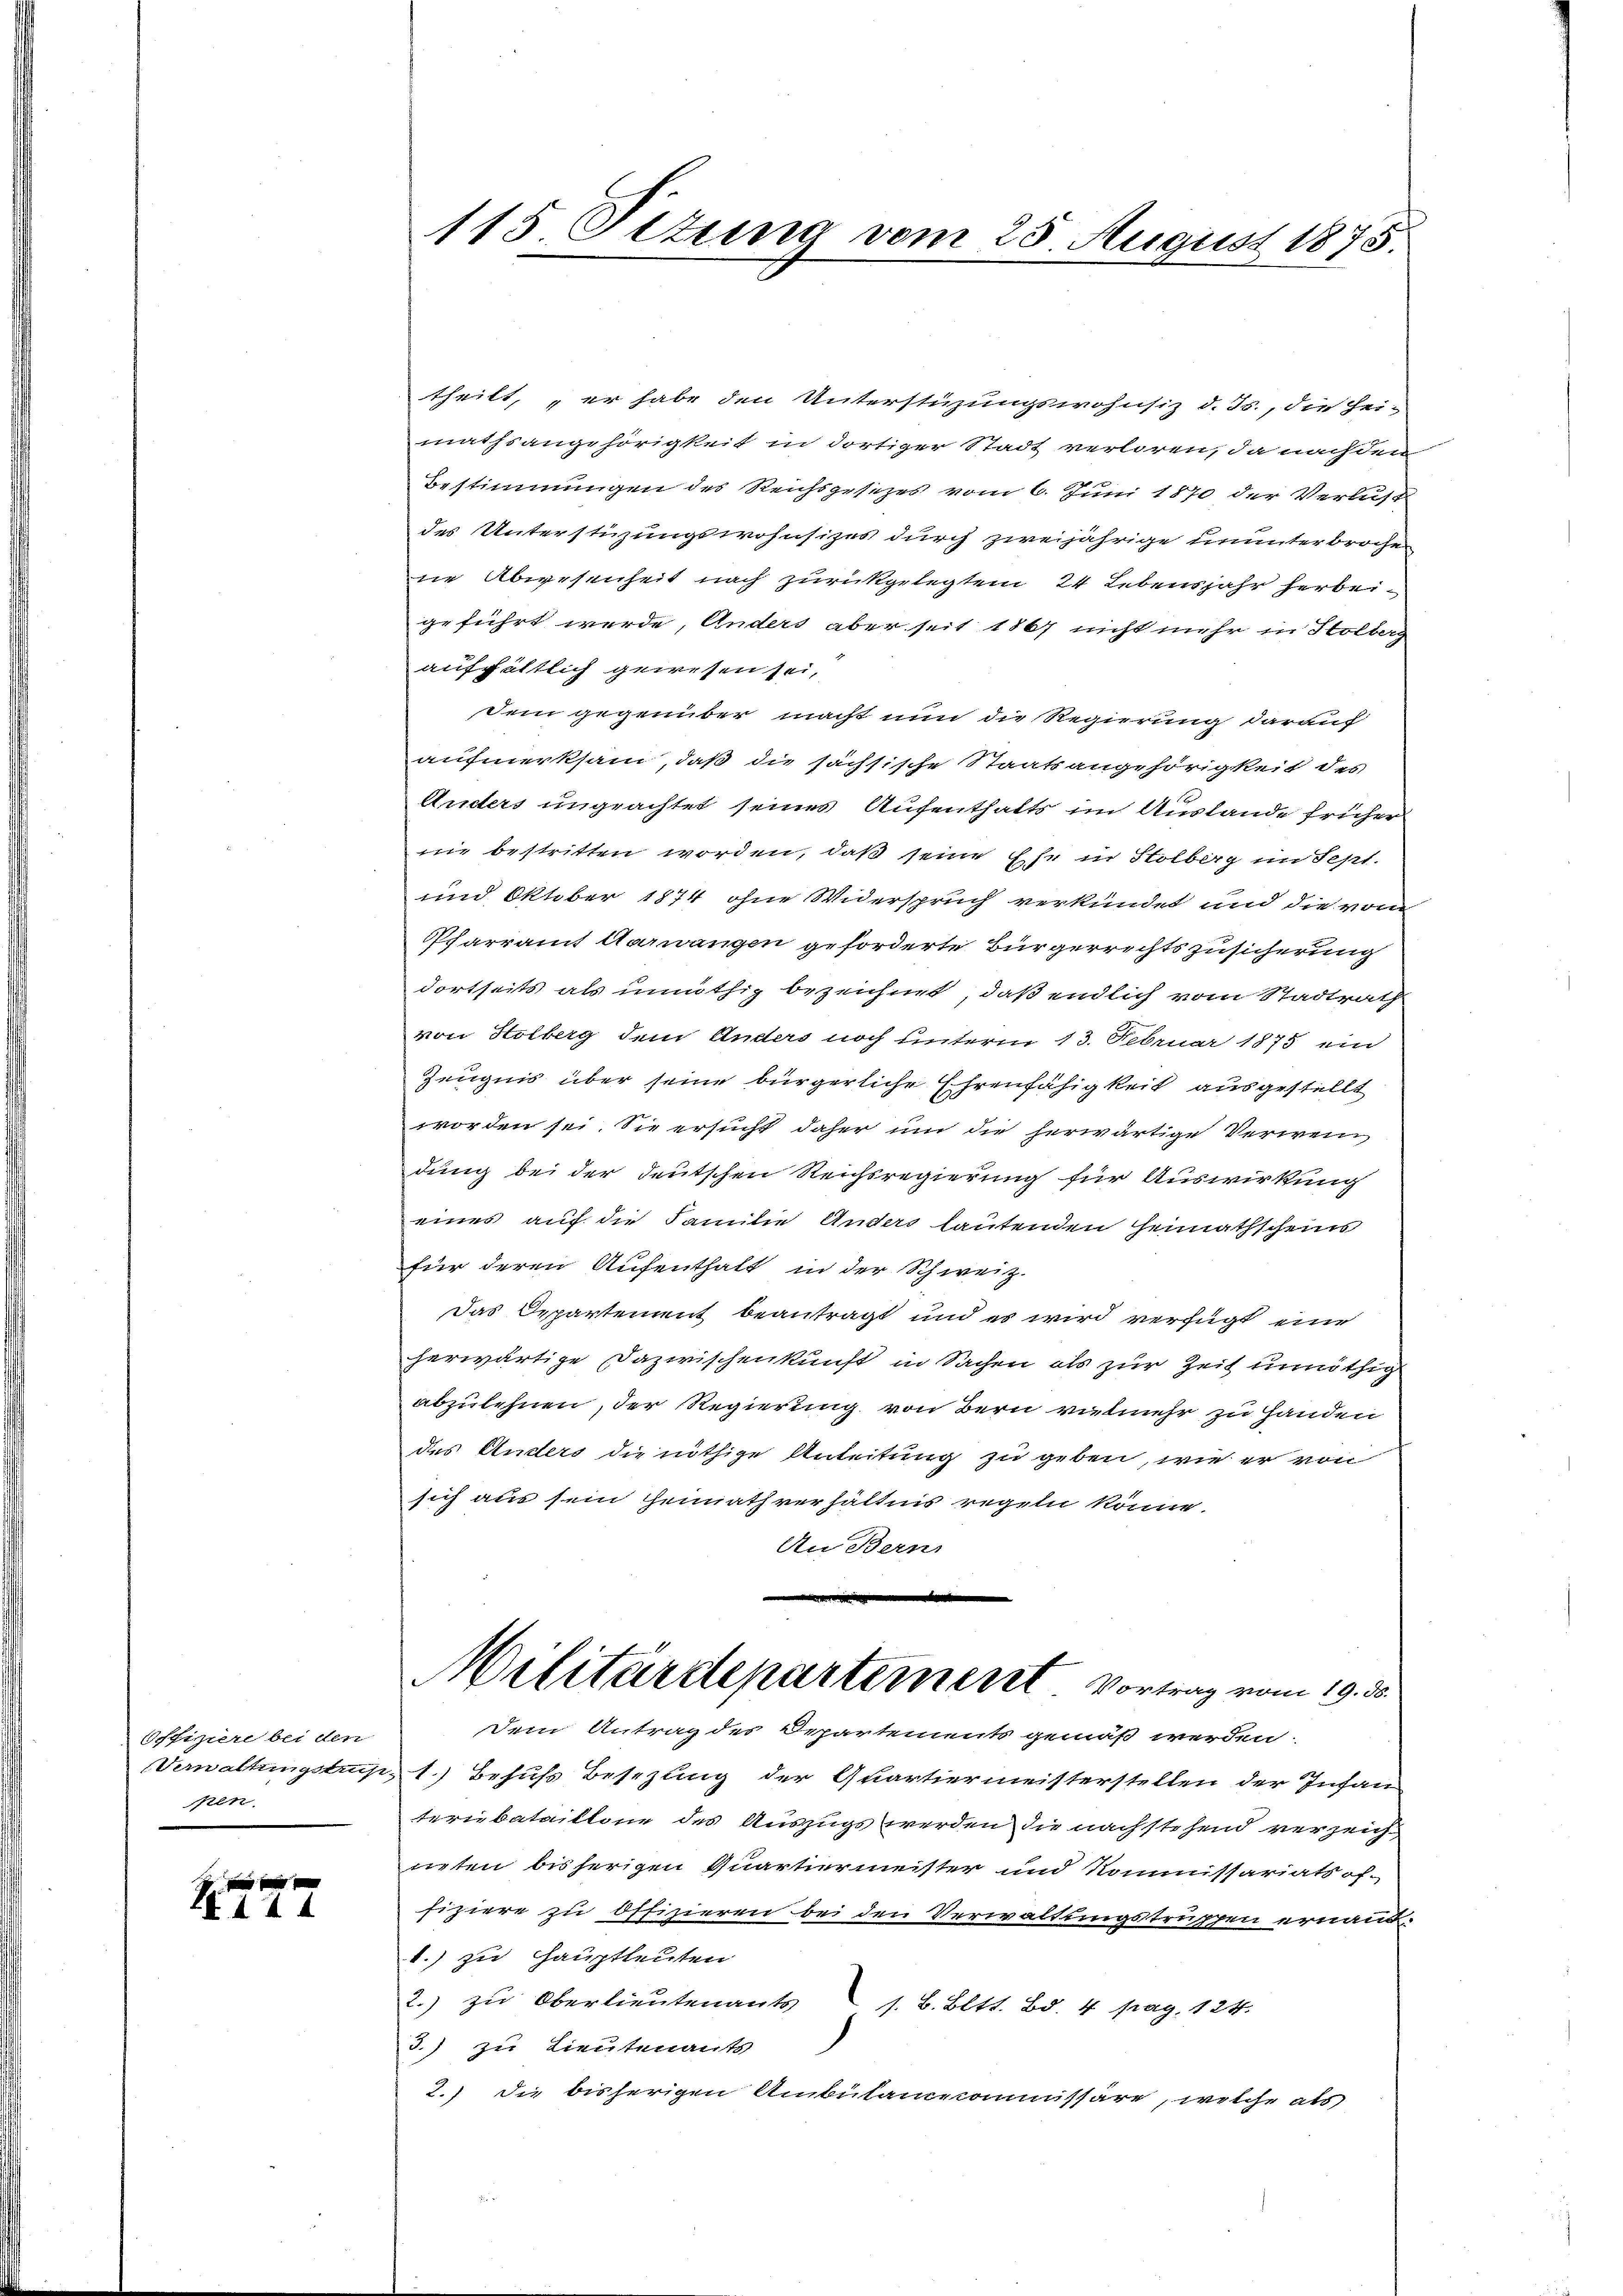
Offiziere bei den
en

f xx
144

115. Ottung vom 25. August 1875.

theilt, er habe den Unterstüzungswohnsiz d. Js., die Hei-
mathsangehörigkeit in dortiger Stadt verloren, da nachdem
Bestimmungen des Reichsgesetzes vom 6. Juni 1870 der Verlust
des Unterstüzungswohnsizes durch zweijährige ununterbroche
ne Abwesenheit nach zurückgelegten 24 Lebensjahr herbeigeführt werde, Anders aber seit 1867 nicht mehr in Holberg
aufhältlich gewesen sei,
Dem gegenüber macht nun die Regierung darauf
aufmerksam, daß die sächsische Staatsangehörigkeit des
Anders ungeachtet seines Aufenthalts im Auslande früher
nie bestritten worden, daß seine Ehe in Stolberg im Sept.
und Oktober 1874 ohne Widerspruch verkündet und die vom
Pfarramt Aarwangen geforderte Bürgerrechtszusicherung
dortseits als unnöthig bezeichnet, daß endlich vom Stadtrath
von Holberg dem Anders noch unterm 13. Februar 1875 ein
Zeugnis über seine bürgerliche Ehrenfähigkeit ausgestellt
worden sei. Sie ersucht daher um die herwärtige Verwei
dung bei der deutschen Reichsregierung für Auswirkung
eines auf die Familie Anders lautenden Heimathscheins
für deren Aufenthalt in der Schweiz.-
Das Departement beantragt und es wird verfügt eine
herwärtige Dazwischenkunft in Sachen als zur Zeit unnöthig
abzulehnen, der Regierung von Bern vielmehr zu Handen
ds Anders die nöthige Anleitung zu geben, wie er von
sich aus sein Heimath verhältnis regeln könne.
An Bern,
.
Militärdepartement. Vortrag vom 19. ds.
dem Antrag des Departements gemäß werden.
Verwaltungstrup 1.) Behufs Besezung der Quartiermeisterstellen der Infan
ternbataillone des Auszugs werden die nachstehend verzeich
neten bisherigen Quartiermeister und Kommissariats of-
fiziere zu Offizieren bei den Verwaltungstruppen ernant
1.) zu Hauptleuten
2.) zu Oberlieutenants s. B. Bett. Bd. 4 pag. 124.
3.) zu Lieutenants
2.) die bisherigen Ambülancommissäre, welche als